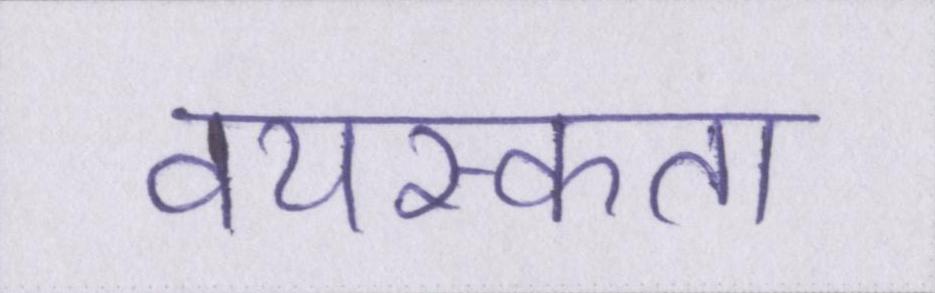
वयस्कता